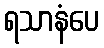
ရသာနံပေ